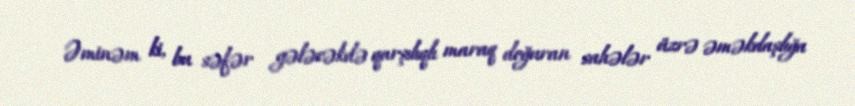
Əminəm ki, bu səfər gələcəkdə qarşılıqlı maraq doğuran sahələr üzrə əməkdaşlığa